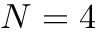
N = 4